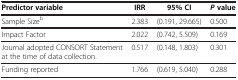
<table><thead><tr><td><b>Predictor variable</b></td><td><b>IRR</b></td><td><b>95% CI</b></td><td><b><i>P</i>value</b></td></tr></thead><tbody><tr><td>Sample Size<sup>b</sup></td><td>2.383</td><td>(0.191, 29.665)</td><td>0.500</td></tr><tr><td>Impact Factor</td><td>2.022</td><td>(0.742, 5.509)</td><td>0.169</td></tr><tr><td>Journal adopted CONSORT Statement at the time of data collection.</td><td>0.517</td><td>(0.148, 1.803)</td><td>0.301</td></tr><tr><td>Funding reported</td><td>1.766</td><td>(0.619, 5.040)</td><td>0.288</td></tr></tbody></table>